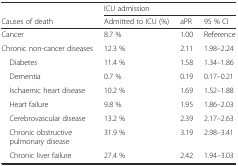
|  | <COLSPAN=3> ICU admission |
 | Causes of death | Admitted to ICU (%) | aPR | 95 % CI |
 | --- | --- | --- | --- |
 | Cancer | 8.7 % | 1.00 | Reference |
 | Chronic non-cancer diseases | 12.3 % | 2.11 | 1.98–2.24 |
 | Diabetes | 11.4 % | 1.58 | 1.34–1.86 |
 | Dementia | 0.7 % | 0.19 | 0.17–0.21 |
 | Ischaemic heart disease | 10.2 % | 1.69 | 1.52–1.88 |
 | Heart failure | 9.8 % | 1.95 | 1.86–2.03 |
 | Cerebrovascular disease | 13.2 % | 2.39 | 2.17–2.63 |
 | Chronic obstructive pulmonary disease | 31.9 % | 3.19 | 2.98–3.41 |
 | Chronic liver failure | 27.4 % | 2.42 | 1.94–3.03 |